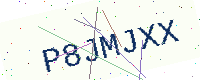
Text: P8JMJXX